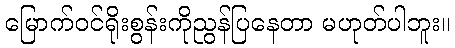
မြောက်ဝင်ရိုးစွန်းကိုညွန်ပြနေတာ မဟုတ်ပါဘူး။